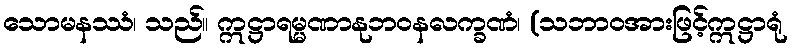
သောမနဿံ၊ သည်။ ဣဋ္ဌာရမ္မဏာနုဘဝနလက္ခဏံ၊ (သဘာဝအားဖြင့်ဣဋ္ဌာရုံ